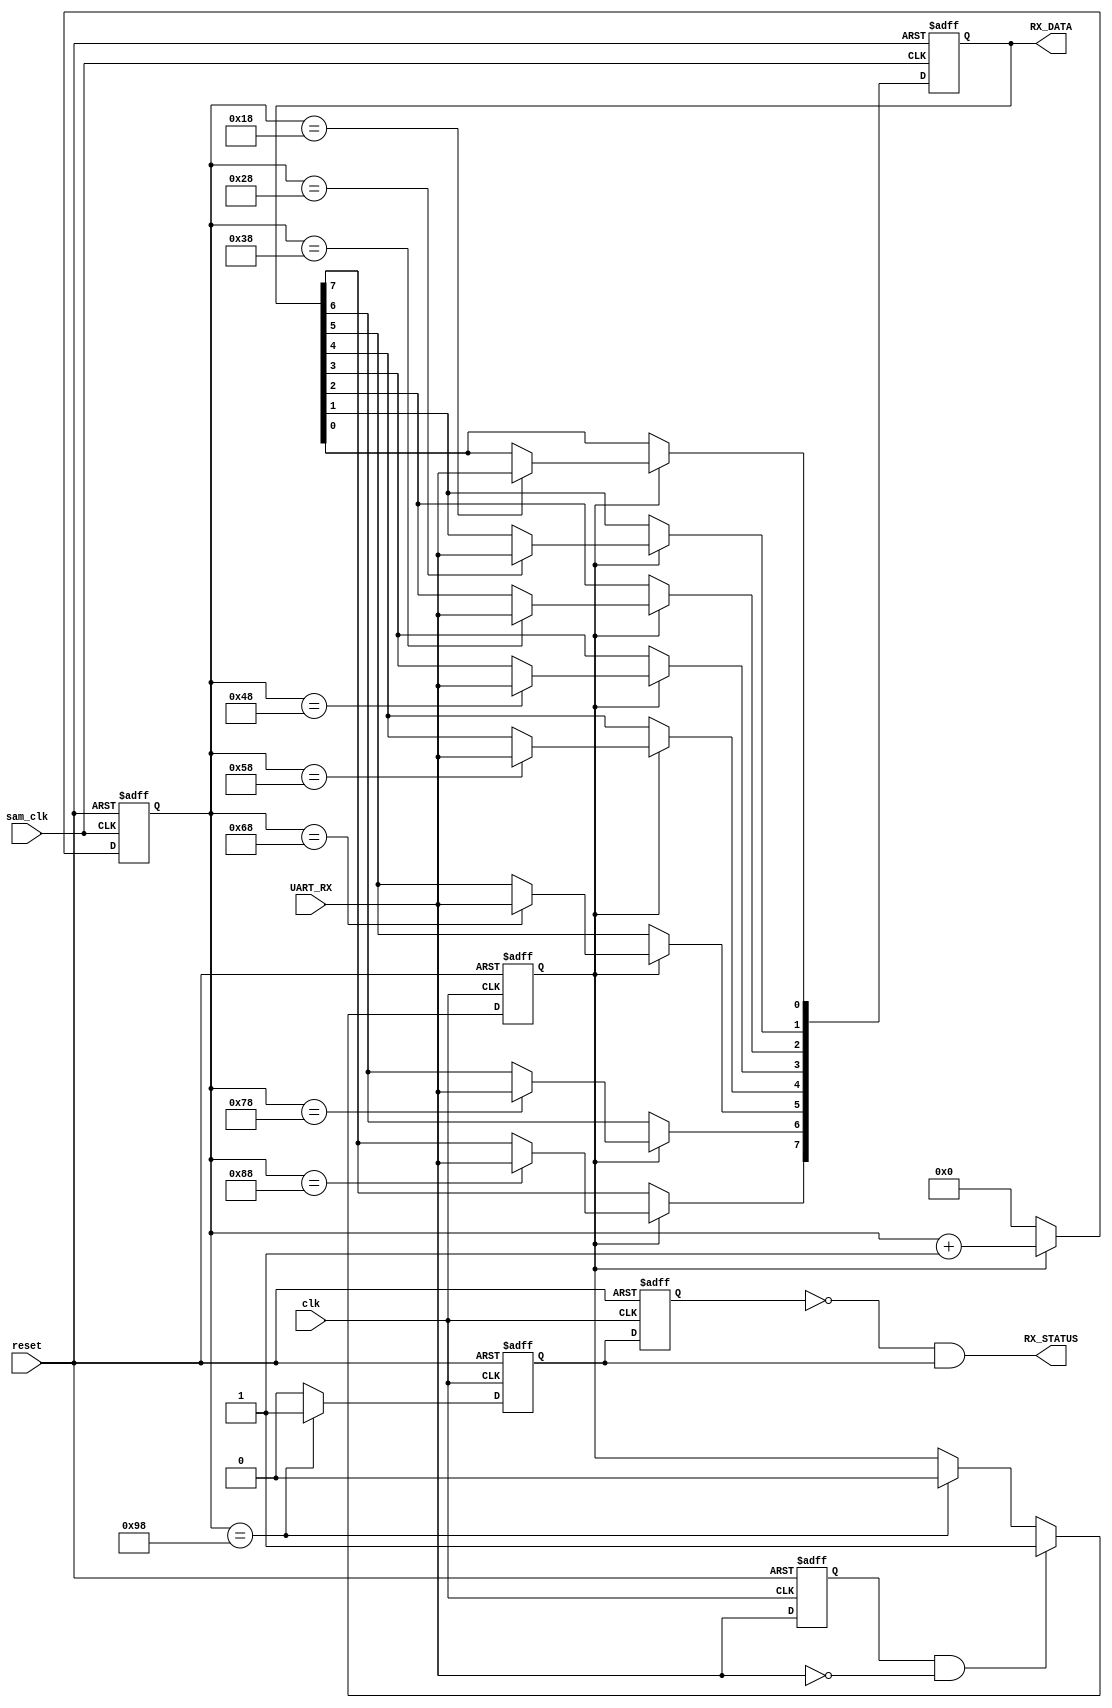
module UART_Receiver(clk,sam_clk,reset,UART_RX,RX_STATUS,RX_DATA);
input clk,sam_clk,reset,UART_RX;
output RX_STATUS;
output reg [7:0] RX_DATA=0;
reg [7:0] count=0;
reg temp=0,enable=0;
wire beginning;

always@(posedge clk or negedge reset)
begin
if(~reset) temp<=0;
else temp<=UART_RX;
end
assign beginning=temp&~UART_RX;

always@(posedge clk or negedge reset)
begin
if(~reset) enable<=0;
else if(beginning) enable<=1;
else if(count==152) enable<=0;
end

always@(posedge sam_clk or negedge reset)
begin
if(~reset) count<=0;
else if(enable) count<=count+1;
else count<=0;
end

always@(posedge sam_clk or negedge reset)
begin
if(~reset) RX_DATA<=8'b00000000;
else if(enable) 
begin
if(count==24) RX_DATA[0]=UART_RX;
if(count==40) RX_DATA[1]=UART_RX;
if(count==56) RX_DATA[2]=UART_RX;
if(count==72) RX_DATA[3]=UART_RX;
if(count==88) RX_DATA[4]=UART_RX;
if(count==104) RX_DATA[5]=UART_RX;
if(count==120) RX_DATA[6]=UART_RX;
if(count==136) RX_DATA[7]=UART_RX;
end
end
reg Ending;
always@(posedge clk or negedge reset)
begin
if(~reset) Ending<=0;
else if(count==152) Ending<=1;
else Ending<=0;
end
reg Temp;
always@(posedge clk or negedge reset)
begin
if(~reset) Temp<=0;
else Temp<=Ending;
end
assign RX_STATUS=~Temp&Ending;
endmodule